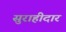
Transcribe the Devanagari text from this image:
सुराहीदार